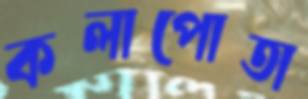
কলাপোতা